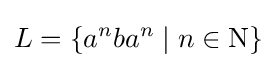
L=\{a^{n}ba^{n}\mid n\in \mathrm {N} \}